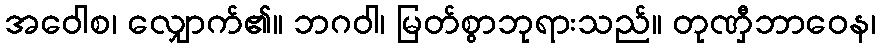
အဝေါစ၊ လျှောက်၏။ ဘဂဝါ၊ မြတ်စွာဘုရားသည်။ တုဏှီဘာဝေန၊